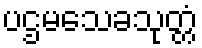
ပဌမသေခသုတ္တံ